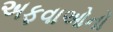
અફવાઓનો